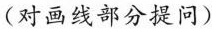
(对画线部分提问)